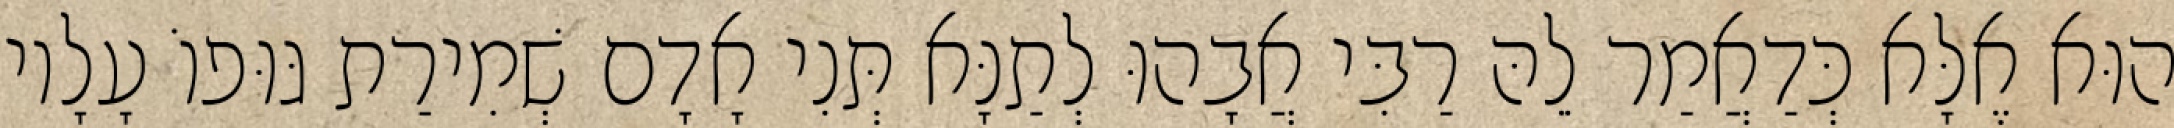
הוּא אֶלָּא כְּדַאֲמַר לֵהּ רַבִּי אֲבָהוּ לְתַנָּא תְּנִי אָדָם שְׁמִירַת גּוּפוֹ עָלָיו